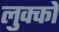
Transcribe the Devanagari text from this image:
लुक्को